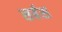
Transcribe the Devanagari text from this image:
सर्बस